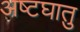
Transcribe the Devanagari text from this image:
अष्टघातु